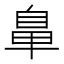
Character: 𮮲